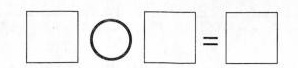
$$ \Box \bigcirc \Box = \Box $$